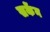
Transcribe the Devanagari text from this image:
सकेंन